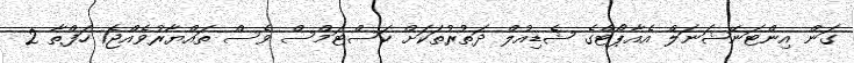
ގަން އިންޓަނޭޝަނަލް އެއާޕޯޓްގެ ޝެޑިއުލް ދަތުރުތަކަށް ކަސްޓަމްސް ވެސް ތައްޔާރުވެއްޖެ1 ހަފްތާ 2